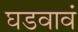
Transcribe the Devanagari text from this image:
घडवावं